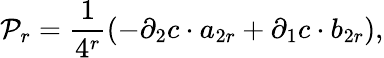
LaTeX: {\cal P}_{r}=\frac{1}{4^{r}}(-\partial_{2}c\cdot a_{2r}+\partial_{1}c\cdot b_{2r}),